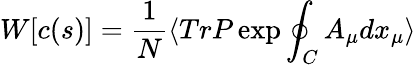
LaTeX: W[c(s)]=\frac{1}{N}\langle TrP\exp\oint_{C}A_{\mu}dx_{\mu}\rangle